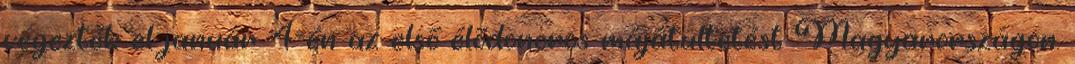
végezték el január 4-én az első élődonoros májátültetést Magyarországon.